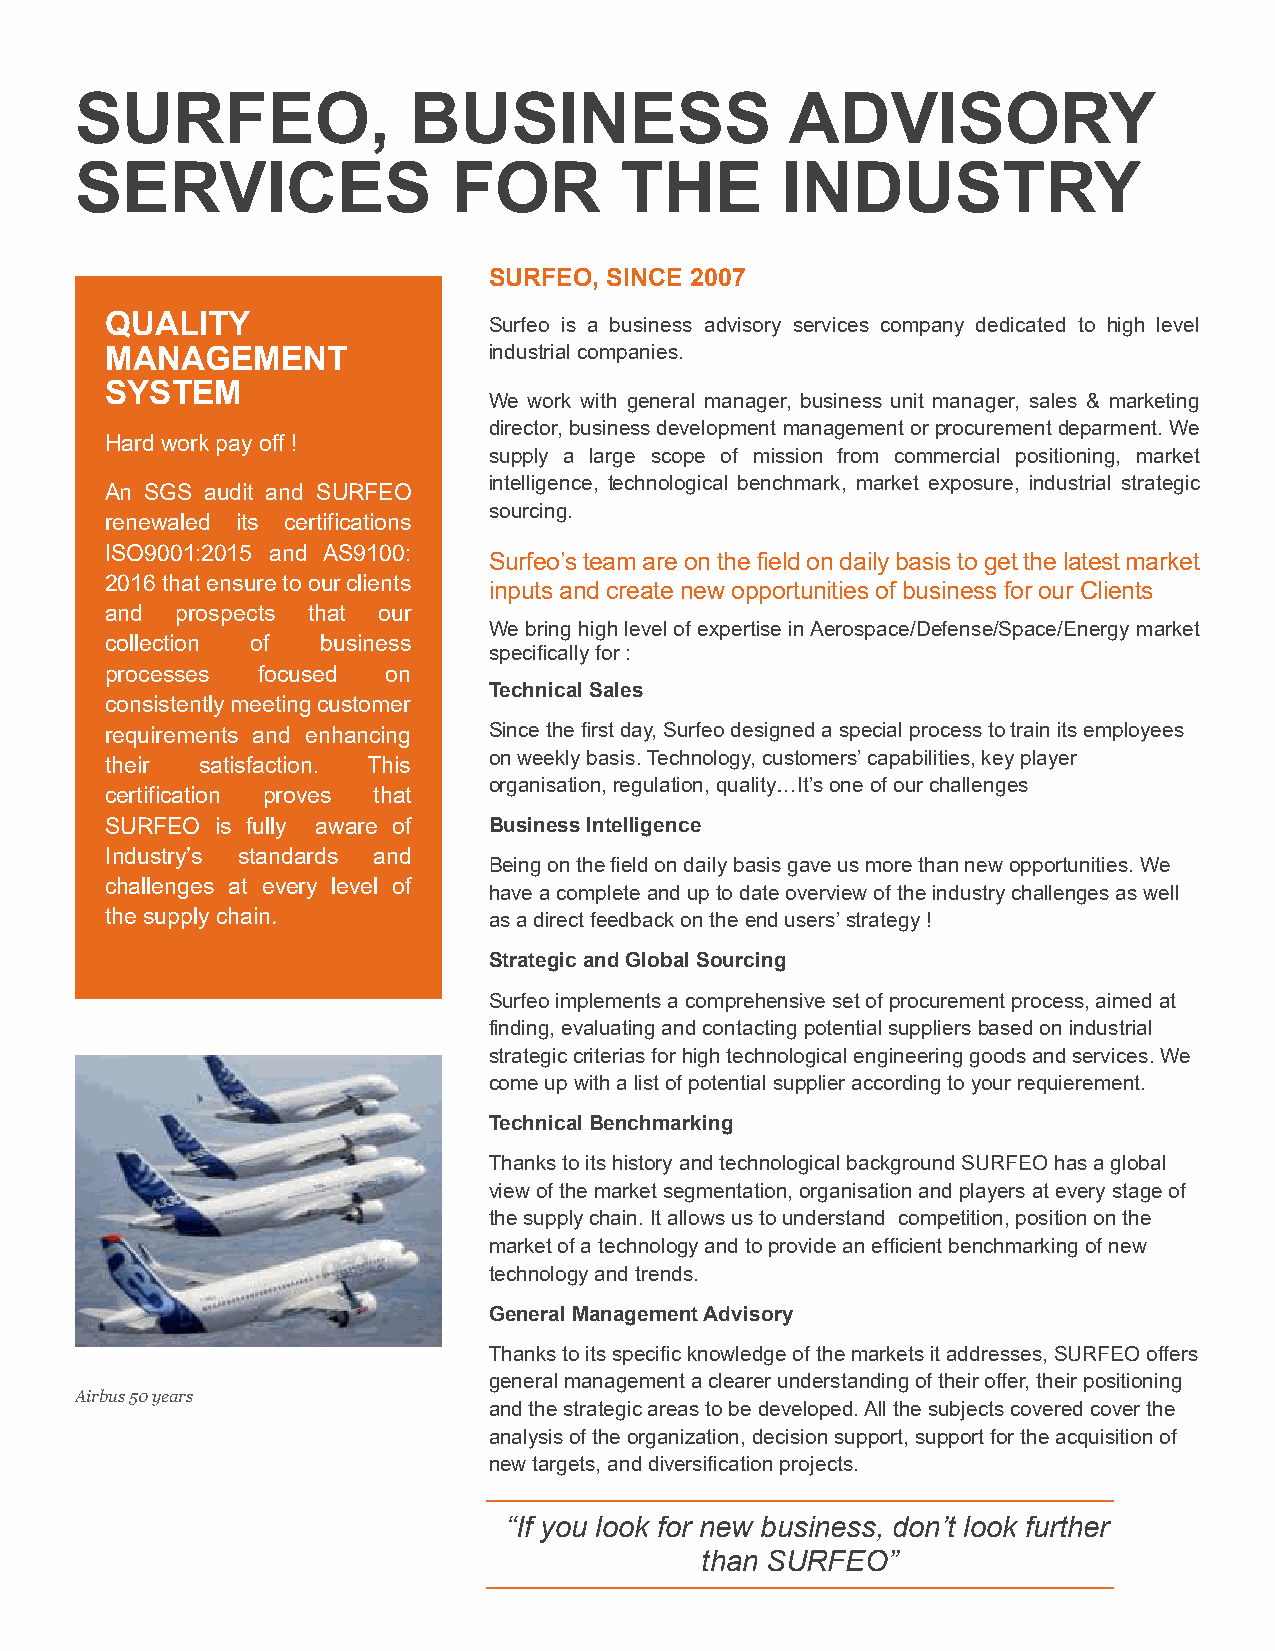
SURFEO,               BUSINESS                 ADVISORY
 SERVICES                 FOR        THE        INDUSTRY
 SURFEO, SINCE 2007
 QUALITY
 Surfeo is a business advisory services company dedicated to high level
 MANAGEMENT               industrial companies.
 SYSTEM
 We work with general manager, business unit manager, sales & marketing
 director, business development management or procurement deparment. We
 Hard work pay off !
 supply a large scope of mission from commercial positioning, market
 intelligence, technological benchmark, market exposure, industrial strategic
 An SGS audit and SURFEO
 sourcing.
 renewaled its certifications
 ISO9001:2015 and AS9100:
 Surfeo’s team are on the field on daily basis to get the latest market
 2016 that ensure to our clients
 inputs and create new opportunities of business for our Clients
 and  prospects that our
 We bring high level of expertise in Aerospace/Defense/Space/Energy market
 collection of business
 specifically for :
 processes focused  on
 Technical Sales
 consistently meeting customer
 requirements and enhancing Since the first day, Surfeo designed a special process to train its employees
 on weekly basis. Technology, customers’ capabilities, key player
 their satisfaction. This
 organisation, regulation, quality…It’s one of our challenges
 certification proves that
 SURFEO is fully aware of Business Intelligence
 Industry’s standards and
 Being on the field on daily basis gave us more than new opportunities. We
 challenges at every level of
 have a complete and up to date overview of the industry challenges as well
 the supply chain.        as a direct feedback on the end users’ strategy !
 Strategic and Global Sourcing
 Surfeo implements a comprehensive set of procurement process, aimed at
 finding, evaluating and contacting potential suppliers based on industrial
 strategic criterias for high technological engineering goods and services. We
 come up with a list of potential supplier according to your requierement.
 Technical Benchmarking
 Thanks to its history and technological background SURFEO has a global
 view of the market segmentation, organisation and players at every stage of
 the supply chain. It allows us to understand competition, position on the
 market of a technology and to provide an efficient benchmarking of new
 technology and trends.
 General Management Advisory
 Thanks to its specific knowledge of the markets it addresses, SURFEO offers
 general management a clearer understanding of their offer, their positioning
 Airbus 50 years
 and the strategic areas to be developed. All the subjects covered cover the
 analysis of the organization, decision support, support for the acquisition of
 new targets, and diversification projects.
 “If you look for new business, don’t look further
 than SURFEO”